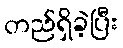
တည်ရှိခဲ့ပြီး